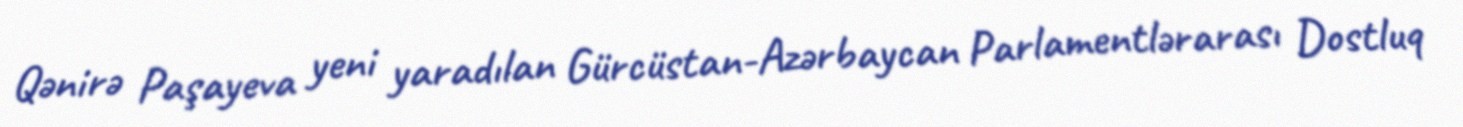
Qənirə Paşayeva yeni yaradılan Gürcüstan-Azərbaycan Parlamentlərarası Dostluq